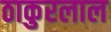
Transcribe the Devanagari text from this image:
ठाकुरलाल